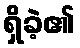
ရှိခဲ့၏